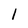
Character: 1